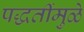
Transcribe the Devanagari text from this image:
पद्धतींमुळे